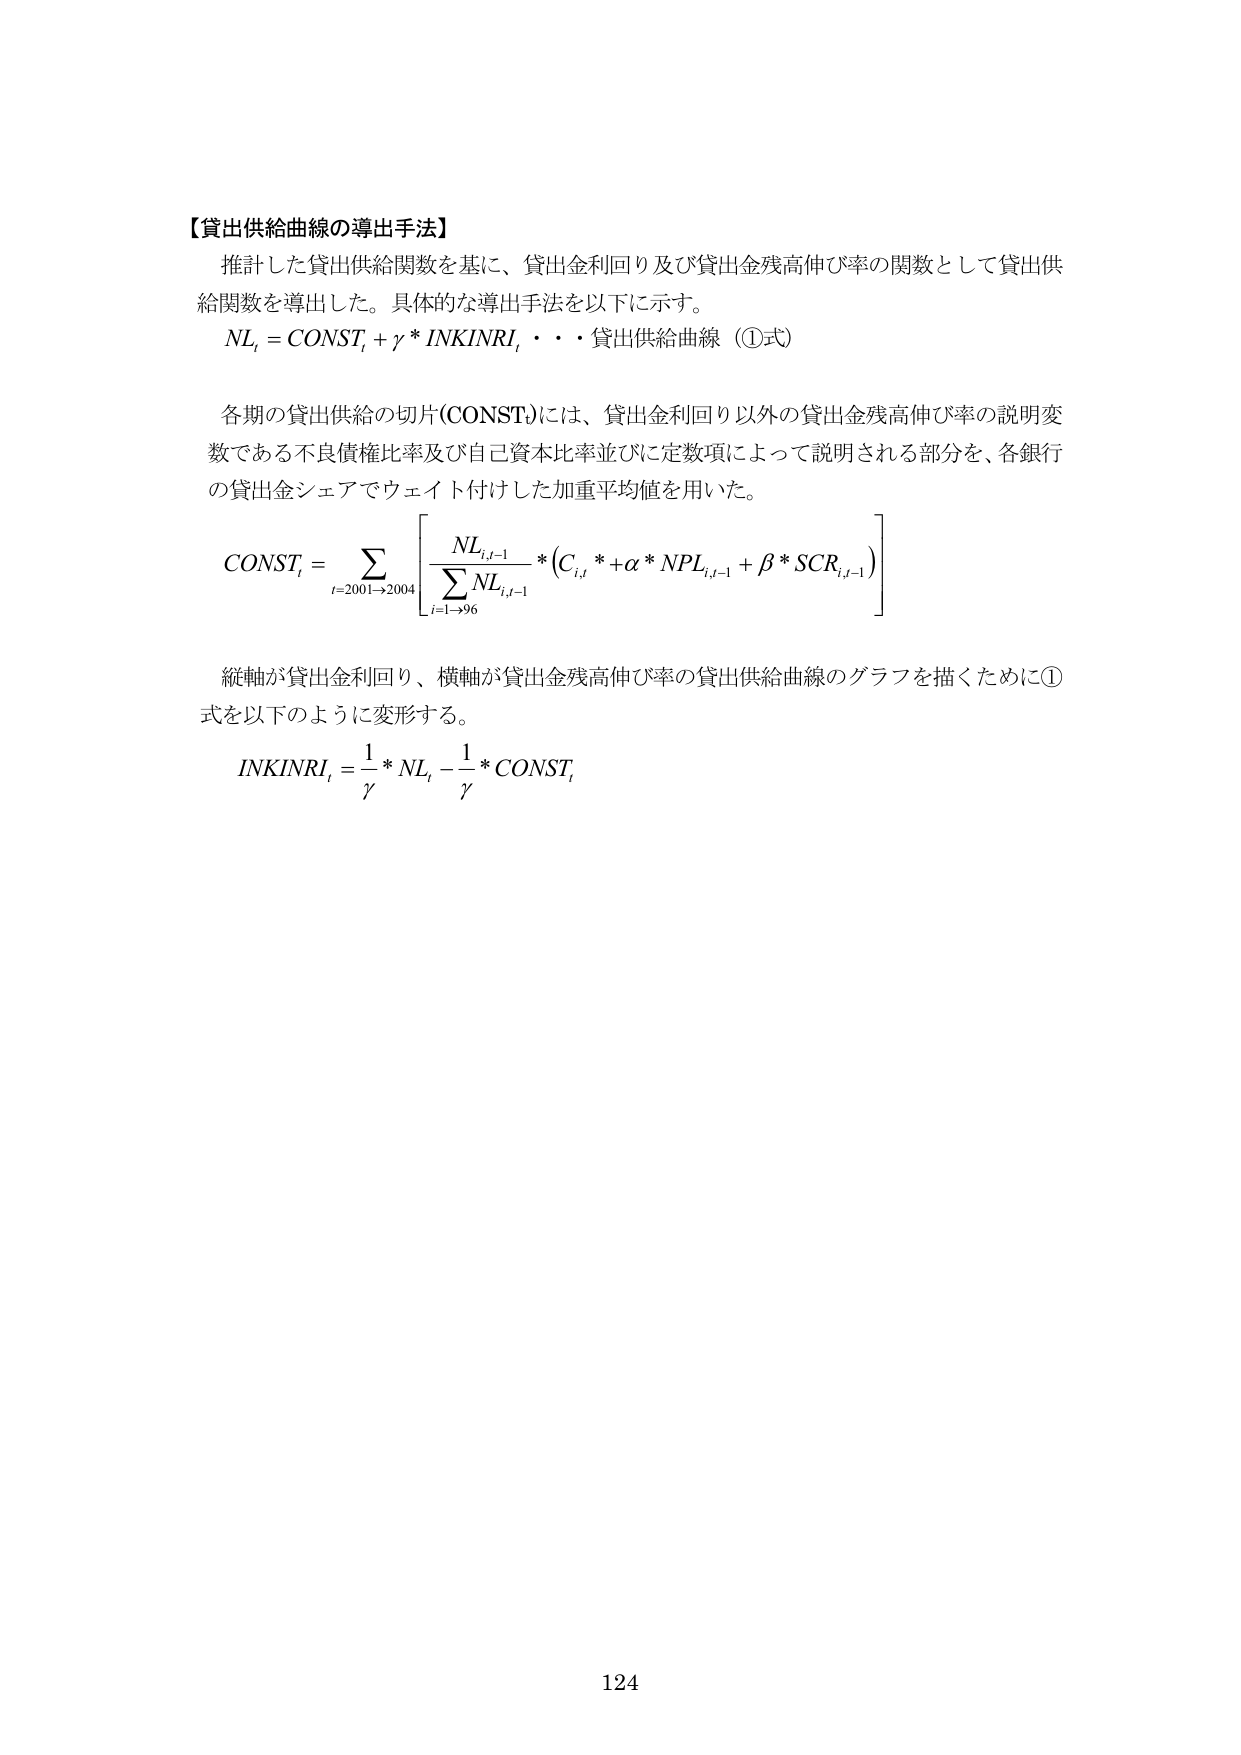
【貸出供給曲線の導出手法】
推計した貸出供給関数を基に、貸出金利回り及び貸出金残高伸び率の関数として貸出供給関数を導出した。具体的な導出手法を以下に示す。
NL_t = CONST_t + γ * INKINRI_t ・・・貸出供給曲線（①式）

各期の貸出供給の切片(CONST_t)には、貸出金利回り以外の貸出金残高伸び率の説明変数である不良債権比率及び自己資本比率並びに定数項によって説明される部分を、各銀行の貸出金シェアでウェイト付けした加重平均値を用いた。
CONST_t = Σ_{t=2001→2004} [ (NL_{i,t-1} / Σ_{i=1→96} NL_{i,t-1}) * (C_{i,t} * + α * NPL_{i,t-1} + β * SCR_{i,t-1}) ]

縦軸が貸出金利回り、横軸が貸出金残高伸び率の貸出供給曲線のグラフを描くために①式を以下のように変形する。
INKINRI_t = (1/γ) * NL_t - (1/γ) * CONST_t

124